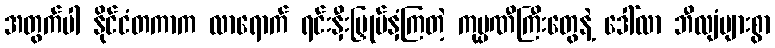
အတွက်ပါ နိုင်ငံတကာက လာရောက် ရင်းနှီးမြှုပ်နှံကြတဲ့ ကုမ္ပဏီကြီးတွေနဲ့ ဒေါ်လာ ဘီလျံများစွာ